Document type: Oath
Year: 1405
Scribe: Guillem de Lledó
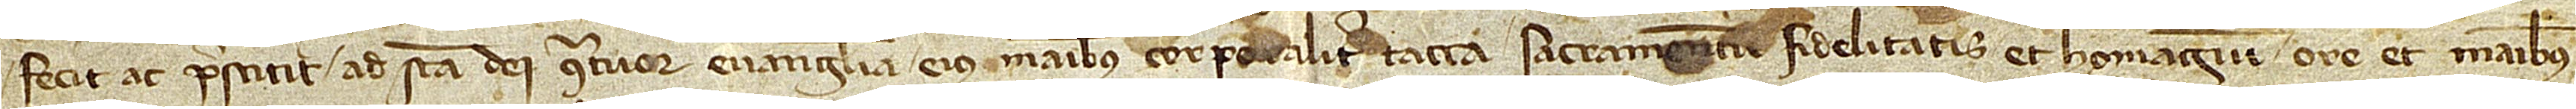
fecit ac prestitit ad sancta Dei quatuor Evangelia, eius manibus corporaliter tacta, sacramentum fidelitatis et homagium ore et manibus